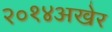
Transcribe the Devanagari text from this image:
२०१४अखेर